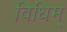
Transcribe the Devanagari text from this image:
विधिम्